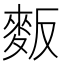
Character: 𪌆